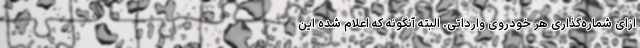
ازای شماره‌گذاری هر خودروی وارداتی. البته آنگونه که اعلام شده این